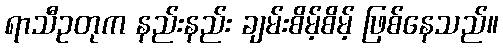
ရာသီဥတုက နည်းနည်း ချမ်းစိမ့်စိမ့် ဖြစ်နေသည်။